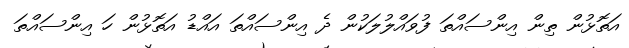
އަތޮޅުން ތިން އިންސައްތަ ފުވައްލުލަކުން ދެ އިންސައްތަ އައްޑު އަތޮޅުން ހަ އިންސައްތަ